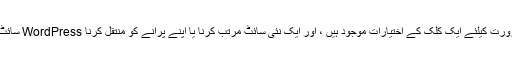
آپ کو ہر کام کرنے کی ضرورت کیلئے ایک کلک کے اختیارات موجود ہیں ، اور ایک نئی سائٹ مرتب کرنا یا اپنے پرانے کو منتقل کرنا WordPress سائٹ شفٹر کے ساتھ ایک ہوا ہے۔